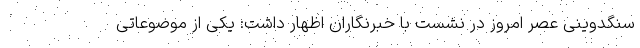
سنگدوینی عصر امروز در نشست با خبرنگاران اظهار داشت: یکی از موضوعاتی